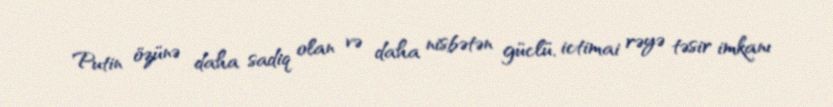
Putin özünə daha sadiq olan və daha nisbətən güclü, ictimai rəyə təsir imkanı